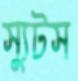
স্যুটস